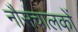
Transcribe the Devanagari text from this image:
नौसंचालकों